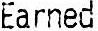
EARNED